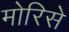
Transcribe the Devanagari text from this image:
मोरिसे